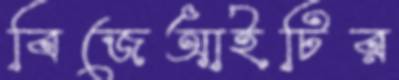
বিজেআইটির